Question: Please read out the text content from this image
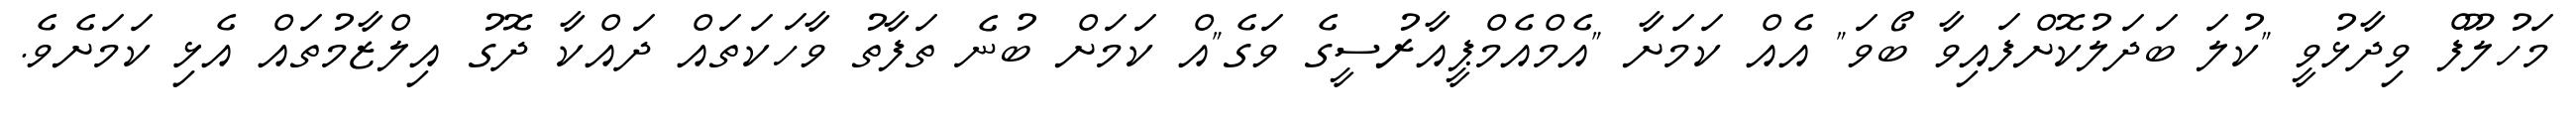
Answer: މަހުލޫފް ވިދާޅުވީ "ކުލަ ބަދަލުކޮށްފައިވާ ބޯވަ" އެއް ކަމަށާ "އެމްއެމްޕީއާރުސީގެ ވަގެ"އް ކަމަށް ބުނެ ތަފާތު ވާހަކަތައް ދައްކާ ދޮގު އިލްޒާމުތައް އެޅި ކަމަށެވެ.